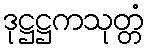
ဒုဋ္ဌဋ္ဌကသုတ္တံ